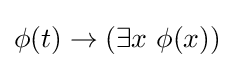
\phi (t)\to (\exists x\ \phi (x))